Medical and sanitary report of the native army of Bengal for the year
Year: 1876
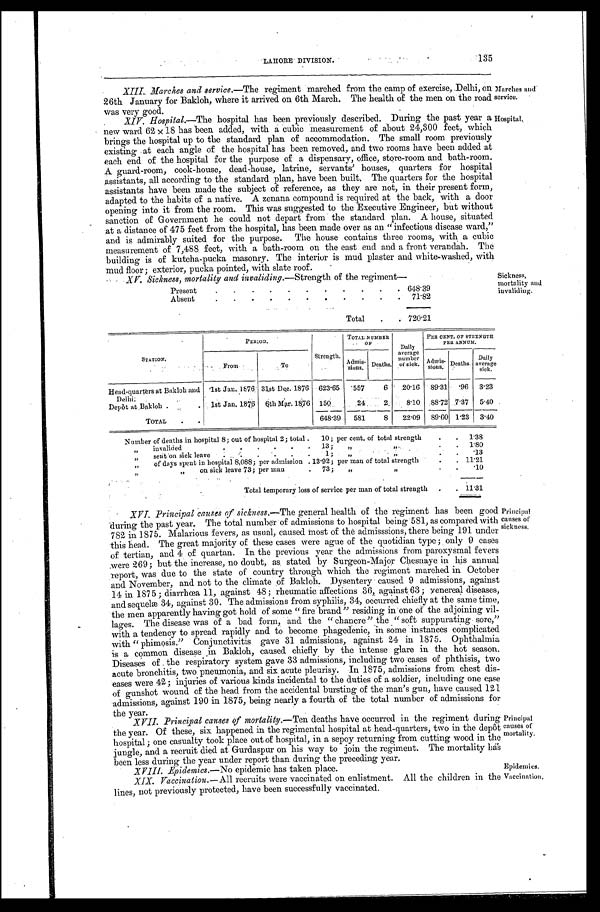
LAHORE DIVISION.
135
XIII. Marches and service.—The regiment marched from the camp of exercise, Delhi, on
26th January for Bakloh, where it arrived on 6th March. The health of the men on the road
was very good.
XIV. Hospital.—The hospital has been previously described. During the past year a
new ward 62x18 has been added, with a cubic measurement of about 24,300 feet, which
brings the hospital up to the standard plan of accommodation. The small room previously
existing at each angle of the hospital has been removed, and two rooms have been added at
each end of the hospital for the purpose of a dispensary, office, store-room and bath-room.
A guard-room, cook-house, dead-house, latrine, servants' houses, quarters for hospital
assistants, all according to the standard plan, have been built. The quarters for the hospital
assistants have been made the subject of reference, as they are not, in their present form,
adapted to the habits of a native. A zenana compound is required at the back, with a door
opening into it from the room. This was suggested to the Executive Engineer, but without
sanction of Government he could not depart from the standard plan. A house, situated
at a distance of 475 feet from the hospital, has been made over as an "infectious disease ward,"
and is admirably suited for the purpose. The house contains three rooms, with a cubic
measurement of 7,488 feet, with a bath-room on the east end and a front verandah. The
building is of kutcha-pucka masonry. The interior is mud plaster and white-washed, with
mud floor; exterior, pucka pointed, with slate roof.
XV. Sickness, mortality and invaliding. —Strength of the regiment—
Present
648.39
Absent
71.82
Total
720.21
Marches and
service.
Hospital.
Sickness,
mortality and
invaliding.
STATION.
PERIOD.
Strength.
TOTAL NUMBER O F
Daily
average
number of sick.
PER CENT. OF STRENGTH
PER ANNUM.
From
To
A d m i s -
sions. Deaths.
A d mi s -
sions. Deaths. Daily
average sick.
Head-quarters at Bakloh and
Delhi.
1st Jan. 1876 31st Dec. 1876 623.65 557
6 20.16 89.31
. 9 6 3.23
Depôt at Bakloh
1st Jan. 1876 6th Mar. 1876 150
24 2
8.10 88.72 7.37 5.40
TOTAL
648.39 581
8 22.09 89.60 1.23 3.40
Number of deaths in hospital 8; out of hospital 2; total. 10; per cent, of total strength
1.38
„ invalided 1
3 ; „ „
1.80
„ sent on sick leave 1; „
„
.13
„ of days spent in hospital 8,088; per admission 13.92; per man of total strength
11.21
„ on sick leave 73; per man 73;
„ „
.10
Total temporary loss of service per man of total strength
11.31
XVI. Principal causes of sickness. —The general health of the regiment has been good
during the past year. The total number of admissions to hospital being 581, as compared with
782 in 1875. Malarious fevers, as usual, caused most of the admisssions, there being 191 under
this head. The great majority of these cases were ague of the quotidian type; only 9 cases
of tertian, and 4 of quartan. In the previous year the admissions from paroxysmal fevers
were 269; but the increase, no doubt, as stated by Surgeon-Major Chesnaye in his annual
report, was due to the state of country through which the regiment marched in October
and November, and not to the climate of Bakloh. Dysentery caused 9 admissions, against
14 in 1875; diarrhœa 11, against 48; rheumatic affections 36, against 63; venereal diseases,
and sequelæ 34, against 30. The admissions from syphilis, 34, occurred chiefly at the same time,
the men apparently having got hold of some "fire brand" residing in one of the adjoining vil-
lages. The disease was of a bad form, and the "chancre" the "soft suppurating sore,"
with a tendency to spread rapidly and to become phagedenic, in some instances complicated
with "phimosis." Conjunctivitis gave 31 admissions, against 24 in 1875. Ophthalmia
is a common disease Bakloh, caused chiefly by the intense glare in the hot season.
Diseases of the respiratory system gave 33 admissions, including two cases of phthisis, two
acute bronchitis, two pneumonia, and six acute pleurisy. In 1875, admissions from chest dis-
eases were 42; injuries of various kinds incidental to the duties of a soldier, including one case
of gunshot wound of the head from the accidental bursting of the man's gun, have caused 121
admissions, against 190 in 1875, being nearly a fourth of the total number of admissions for
the year.
XVII. Principal causes of mortality.—Ten deaths have occurred in the regiment during
the year. Of these, six happened in the regimental hospital at head-quarters, two in the depôt
hospital; one casualty took place out of hospital, in a sepoy returning from cutting wood in the
jungle, and a recruit died at Gurdaspur on his way to join the regiment. The mortality hás
been less during the year under report than during the preceding year.
XVIII. Epidemics.—No epidemic has taken place.
XIX. Vaccination. —All recruits were vaccinated on enlistment. All the children in the
lines, not previously protected, have been successfully vaccinated.
Principal
causes of
sickness.
Principal
causes of
mortality.
Epidemics.
Vaccination.